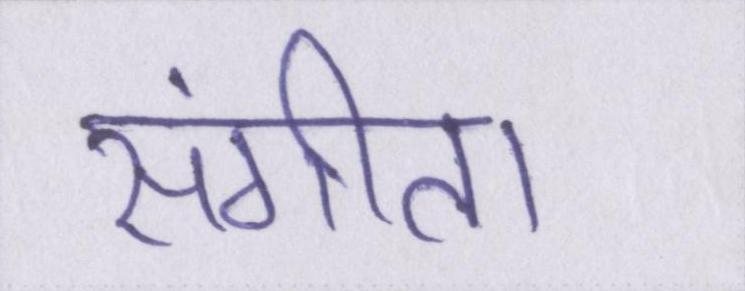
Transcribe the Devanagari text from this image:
संगीता